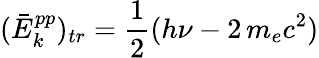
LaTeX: ({\bar{E}}_{k}^{pp})_{tr}={\frac{1}{2}}(h\nu-2\, m_{e}c^{2})